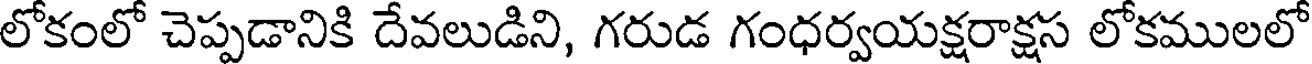
లోకంలో చెప్పడానికి దేవలుడిని, గరుడ గంధర్వయక్షరాక్షస లోకములలో